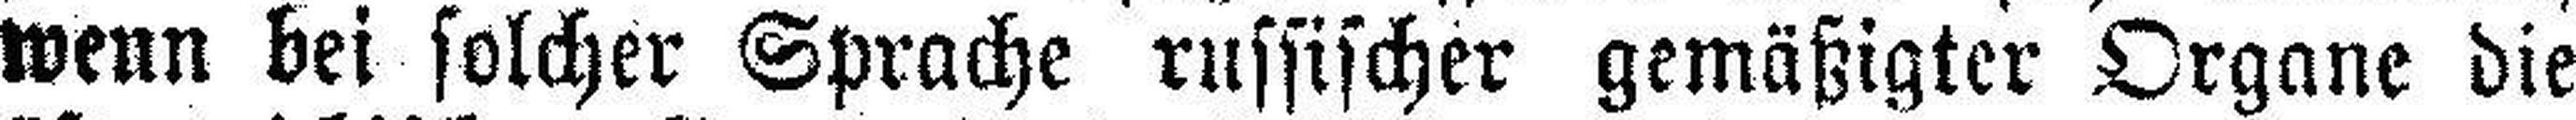
wenn bei solcher Sprache russischer gemäßigter Organe die